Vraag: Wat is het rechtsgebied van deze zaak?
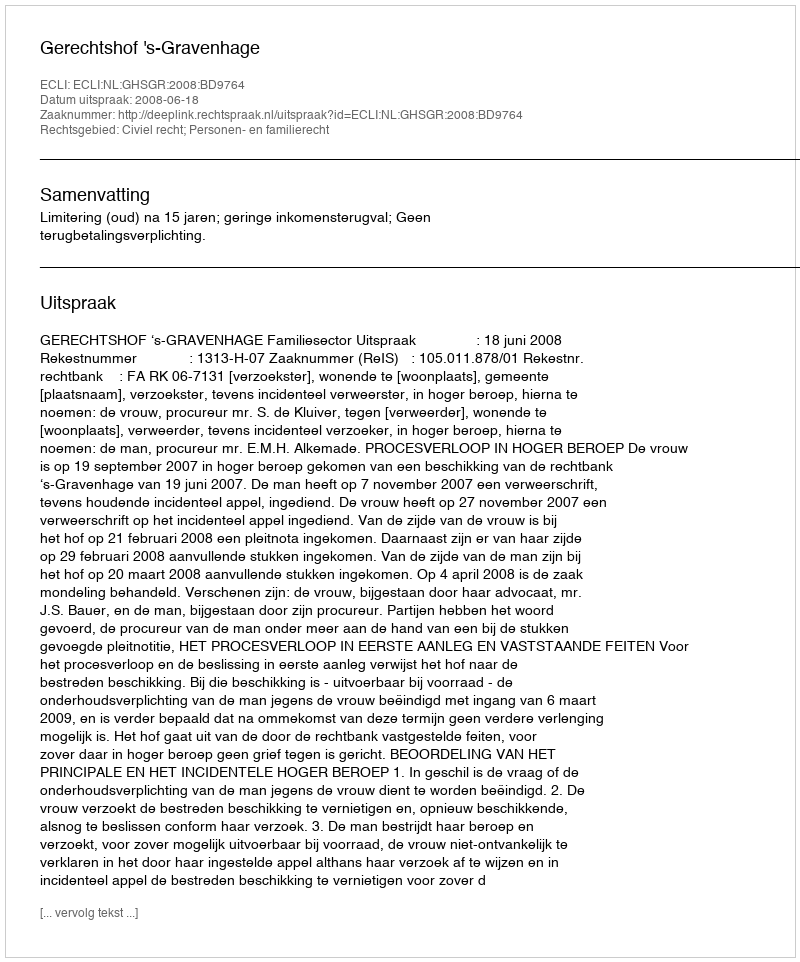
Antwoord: Civiel recht; Personen- en familierecht